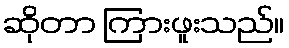
ဆိုတာ ကြားဖူးသည်။